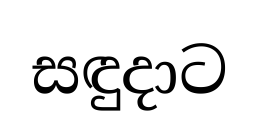
සඳුදාට